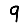
Digit: 9